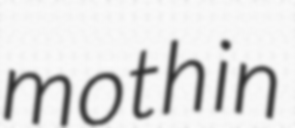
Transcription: moth in